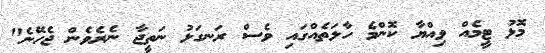
މޮޅު ޓީމެއް ވިއްޔާ ކޮންމެ ހާލަތެއްގައި ވެސް ރަނގަޅު ނަތީޖާ ނެރެވެން ޖެހޭނެ"